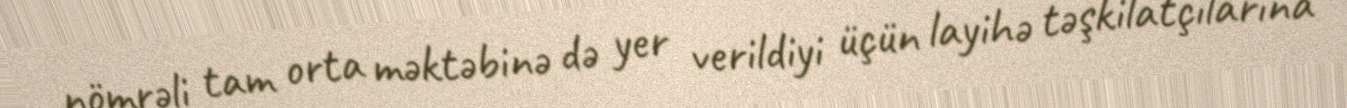
nömrəli tam orta məktəbinə də yer verildiyi üçün layihə təşkilatçılarına